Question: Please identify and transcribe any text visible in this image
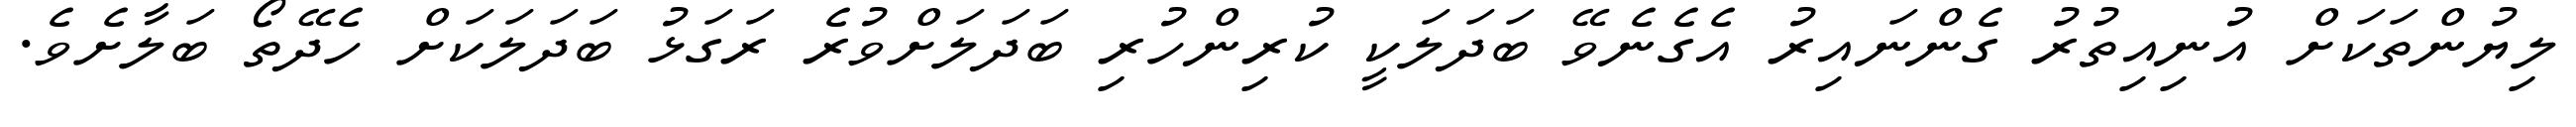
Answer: ލިޔުންތަކަށް އުނިއިތުރު ގެންނައިރު އެގެނެވޭ ބަދަލަކީ ކުރިންހުރި ބަދަލަށްވުރެ ރަގަޅު ބަދަލަކަށް ހެދޭތޯ ބަލާށެވެ.